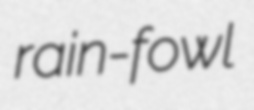
rain-fowl